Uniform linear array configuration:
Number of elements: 24
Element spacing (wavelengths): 0.5
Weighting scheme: kaiser
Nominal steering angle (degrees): -60
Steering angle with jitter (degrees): -61.892
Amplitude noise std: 0.05
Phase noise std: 0.05

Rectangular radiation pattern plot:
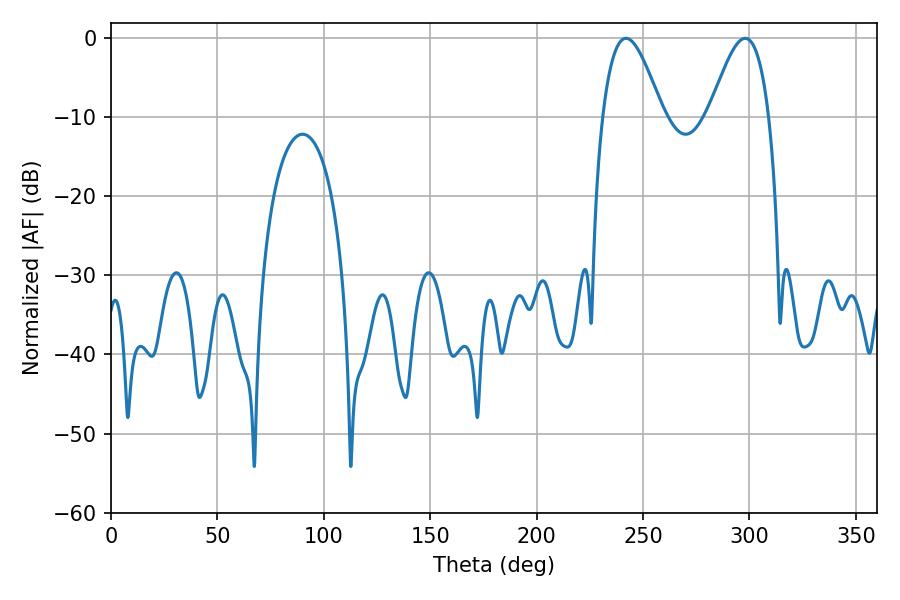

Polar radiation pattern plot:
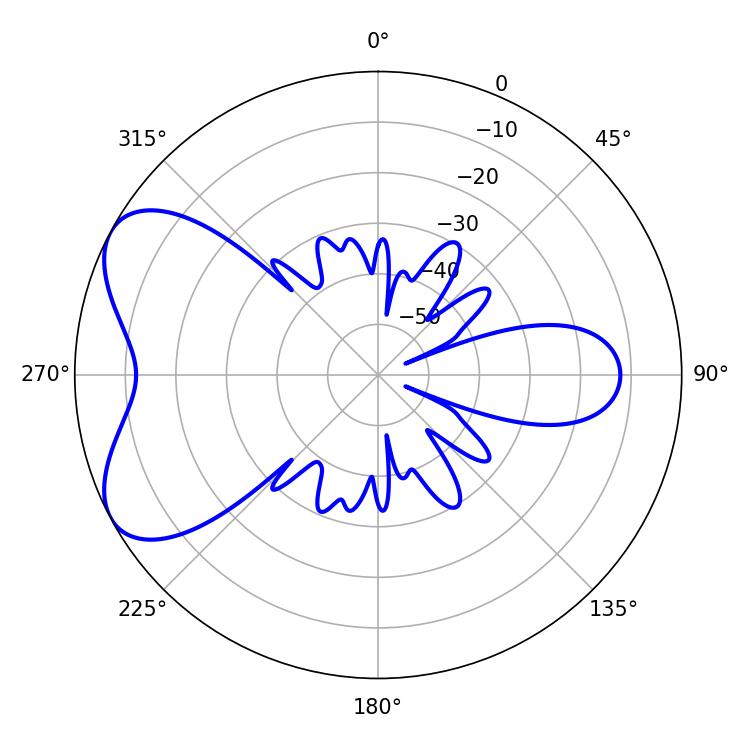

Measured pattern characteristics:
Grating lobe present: FALSE
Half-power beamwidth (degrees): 15.12
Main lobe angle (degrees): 241.92